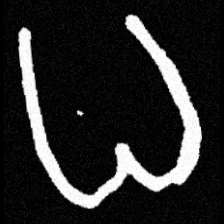
Pyu character \u2014 Myanmar letter: ဓ (romanized: dha)